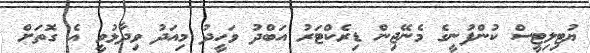
ޔުޓިލިޓީސް ކުންފުނީގެ މެނޭޖިން ޑިރެކްޓަރު އަބްދު ވަހީދު މިއަދު ވިދާޅުވީ އެ ގޮތަށް